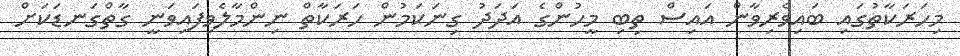
މިހަރަކާތުގައި ބައިވެރިވާން އައިސް ތިބި މީހުންގެ އަދަދު ގިނަކަމުން ހަރަކާތް ނިންމާލެވިފައިވަނީ ގާތްގަނޑަކަށް